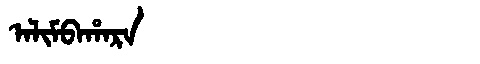
Manchu: ᠠᠯᡳᠮᠪᠠᡥᠠᡵᠠ
Romanization: ALIMBAHARA